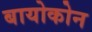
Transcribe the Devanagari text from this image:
बायोकोन